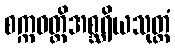
စက္ကဝတ္တိအစ္ဆရိယသုတ္တံ